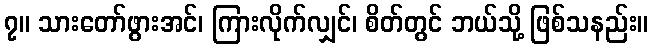
၇။ သားတော်ဖွားအင်၊ ကြားလိုက်လျှင်၊ စိတ်တွင် ဘယ်သို့ ဖြစ်သနည်း။